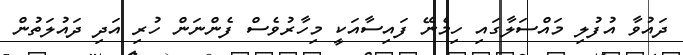
ދައުވާ އުފުލި މައްސަލާގައި ހިމެނޭ ފައިސާއަކީ މިހާރުވެސް ފެންނަން ހުރި އަދި ދައުލަތުން